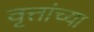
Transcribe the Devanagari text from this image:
वृत्तांच्या